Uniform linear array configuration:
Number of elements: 32
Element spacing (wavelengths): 1
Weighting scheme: hann
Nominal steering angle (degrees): -45
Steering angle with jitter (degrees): -43.165
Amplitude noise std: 0.05
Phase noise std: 0.05

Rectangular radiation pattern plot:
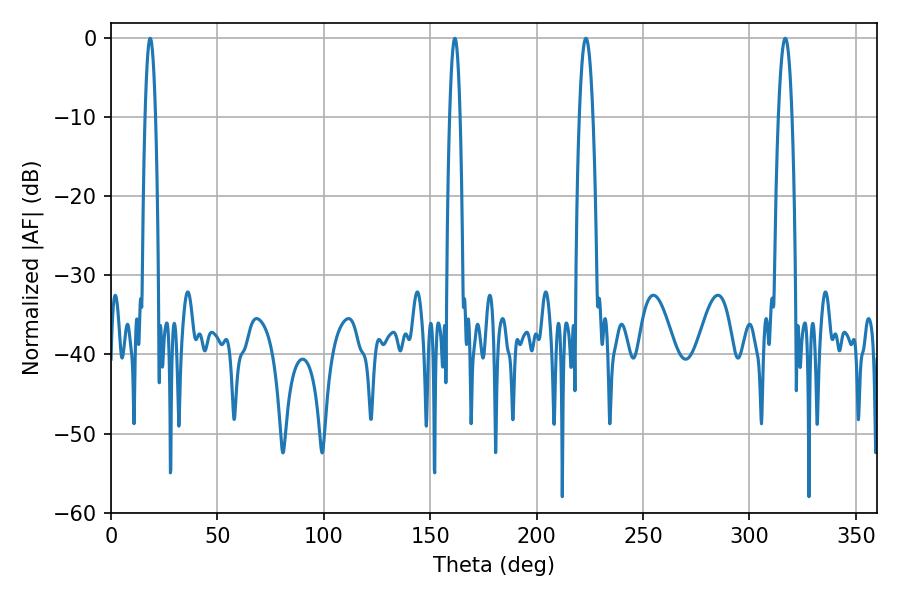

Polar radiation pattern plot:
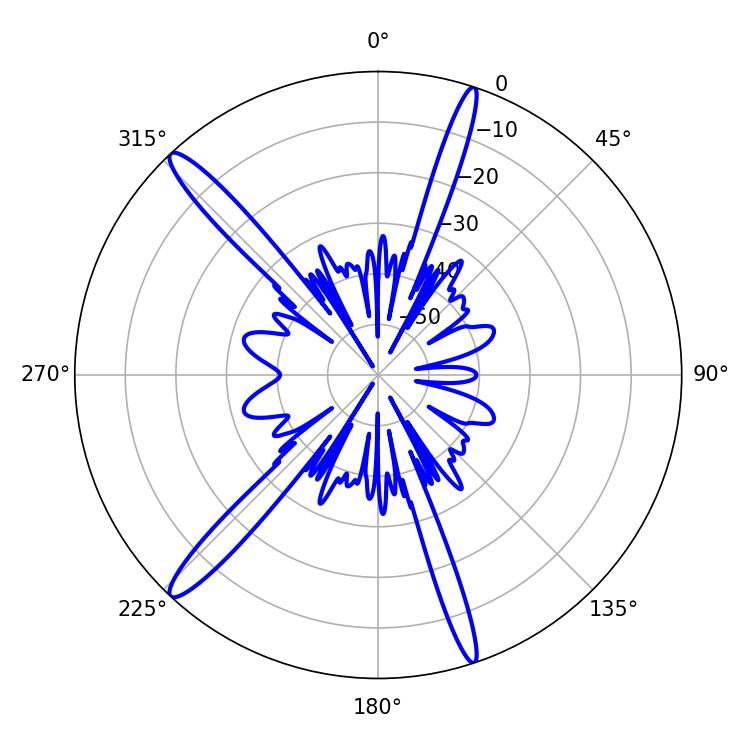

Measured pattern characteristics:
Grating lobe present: TRUE
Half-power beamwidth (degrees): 3.6
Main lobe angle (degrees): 316.8